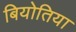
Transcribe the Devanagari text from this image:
बियोतिया